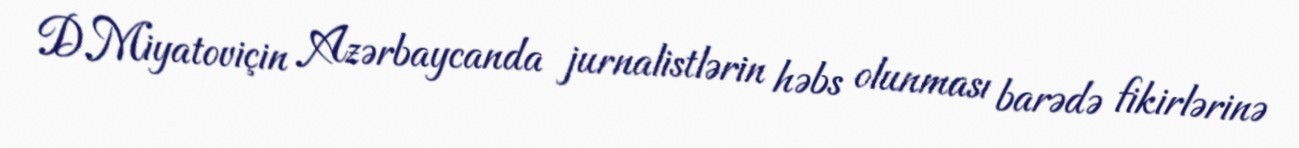
D.Miyatoviçin Azərbaycanda jurnalistlərin həbs olunması barədə fikirlərinə